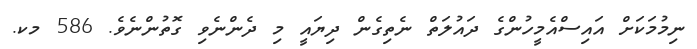
ނިމުމަކަށް އައިސްއެމީހުންގެ ދައުލަތް ނެތިގެން ދިޔައީ މި ދެންނެވި ގޮތުންނެވެ. 586 މކ.